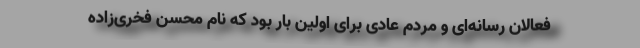
فعالان رسانه‌ای و مردم عادی برای اولین بار بود که نام محسن فخری‌زاده